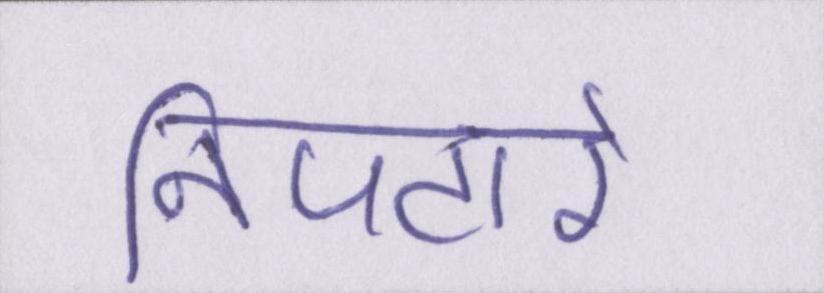
निपटारे